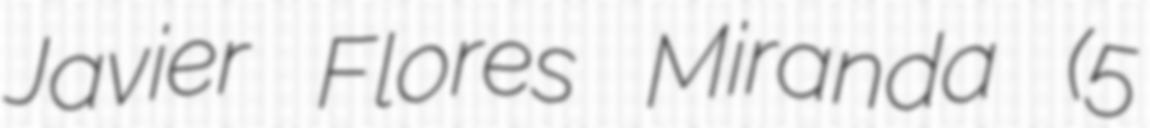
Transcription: Javier Flores Miranda (5